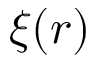
\xi ( r )